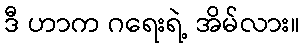
ဒီ ဟာက ဂရေးရဲ့ အိမ်လား။